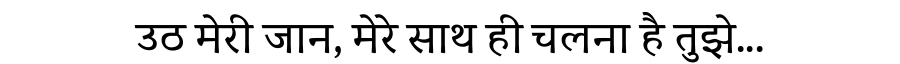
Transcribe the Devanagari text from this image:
उठ मेरी जान, मेरे साथ ही चलना है तुझे...